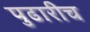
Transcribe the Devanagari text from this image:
पुढारीच